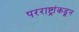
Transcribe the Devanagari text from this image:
परराष्ट्रांकडून